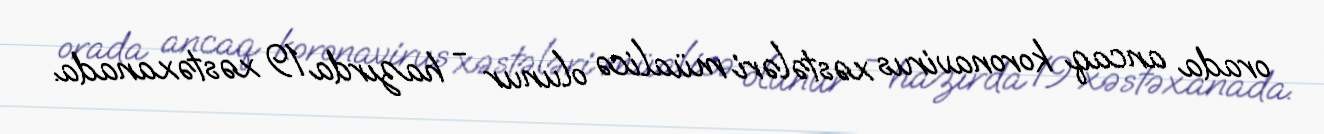
orada ancaq koronavirus xəstələri müalicə olunur - hazırda 19 xəstəxanada.